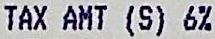
TAX AMT (S) 6%